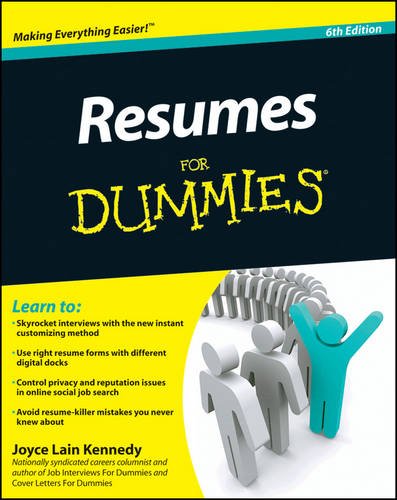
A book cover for Resumes For Dummies; Joyce Lain Kennedy; Business & Money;